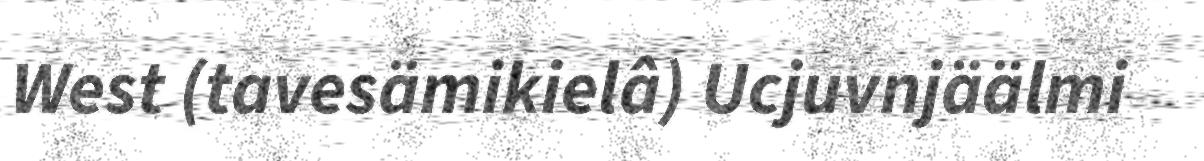
West (tavesämikielâ) Ucjuvnjäälmi